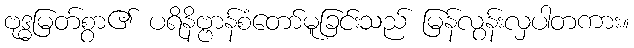
ဗုဒ္ဓမြတ်စွာ၏ ပရိနိဗ္ဗာန်စံတော်မူခြင်းသည် မြန်လွန်းလှပါတကား။